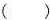
()